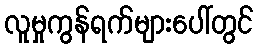
လူမှုကွန်ရက်များပေါ်တွင်